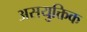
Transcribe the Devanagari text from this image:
असयुक्तिक